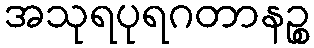
အသုရပုရဂတာနဉ္စ